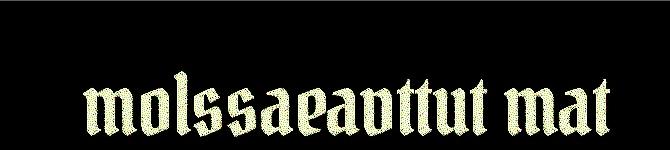
molssaeavttut mat